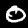
Label: 0